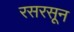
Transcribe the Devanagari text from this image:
रसरसून